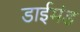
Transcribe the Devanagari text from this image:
डाईमंड